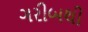
ગરીબથી